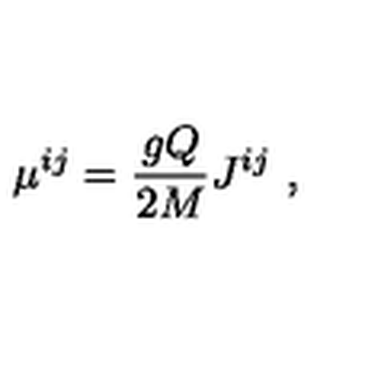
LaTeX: \mu ^ { i j } = { \frac { g Q } { 2 M } } J ^ { i j } \ ,